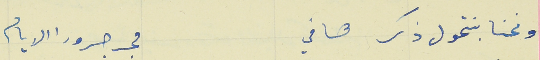
ونحنا بنتحول ذكر هافي                                مجرجر ورا الايام